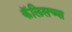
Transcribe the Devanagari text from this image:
कॅलिसच्या